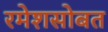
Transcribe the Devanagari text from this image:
रमेशसोबत